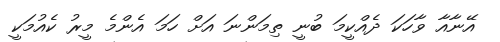
އޭނާއާ ވާހަކަ ދެއްކީމަ ބުނީ ތިމަންނަ އަށް ހަމަ އެންމެ މީރު ކެއުމަކީ